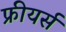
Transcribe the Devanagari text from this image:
फ्रीयर्स